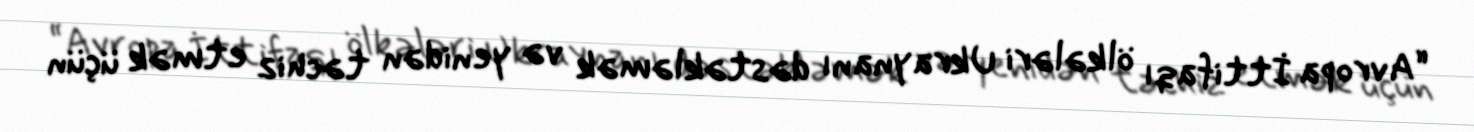
“Avropa İttifaqı ölkələri Ukraynanı dəstəkləmək və yenidən təchiz etmək üçün